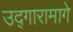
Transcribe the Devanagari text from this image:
उद्गारामागे